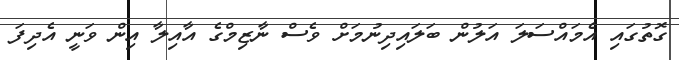
ގޮތުގައި އެމައްސަލަ އަލުން ބަލައިދިނުމަށް ވެސް ނާޒިމްގެ އާއިލާ އިން ވަނީ އެދިފަ